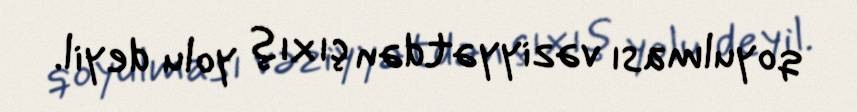
qoyulması vəziyyətdən çıxış yolu deyil.